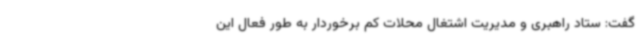
گفت: ستاد راهبری و مدیریت اشتغال محلات کم برخوردار به طور فعال این